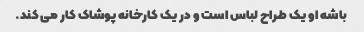
باشه او یک طراح لباس است و در یک کارخانه پوشاک کار می کند.